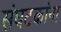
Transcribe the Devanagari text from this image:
संघटकांना